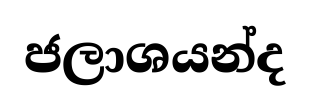
ජලාශයන්ද